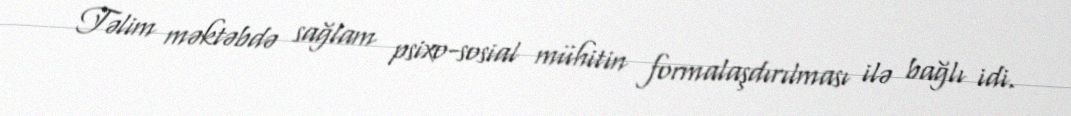
Təlim məktəbdə sağlam psixo-sosial mühitin formalaşdırılması ilə bağlı idi.